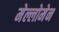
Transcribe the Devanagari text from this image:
मेल्लोमेन